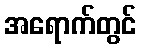
အရောက်တွင်